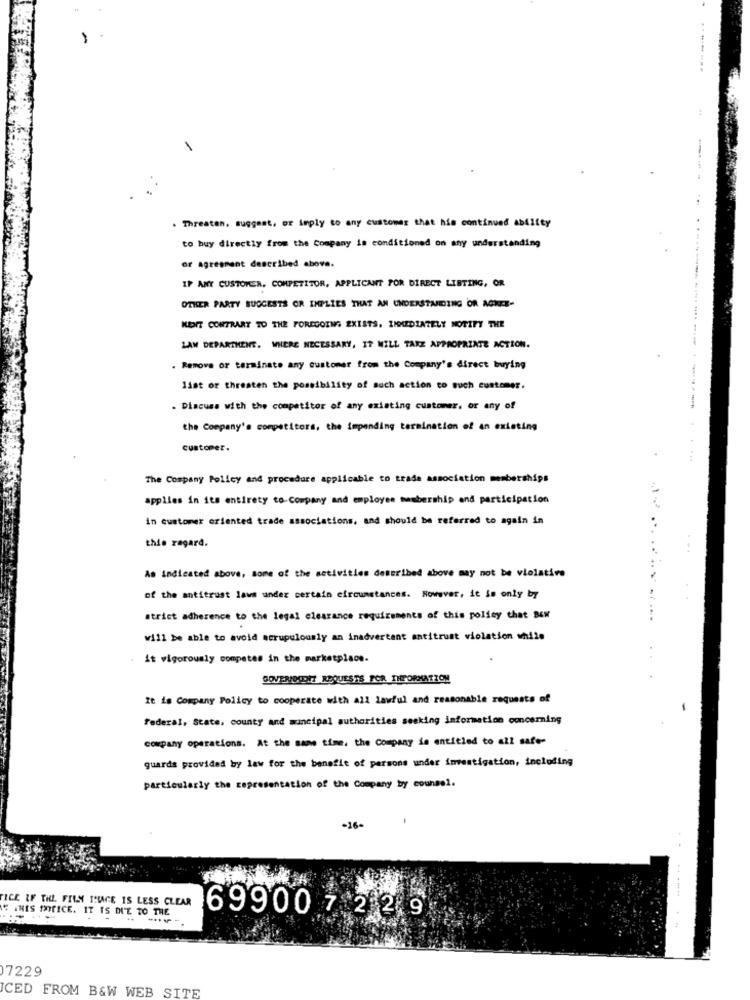
---....
Threaten, suggest, or imply to any customer that his continued Ability
to buy directly from the Company is conditioned on any understanding
or agreement described above.
IF ANY CUSTOMER. COMPETITOR, APPLICANT POR DIRECT LISTING, OR
OTHER PARTY SUGGESTS OR IMPLIES THAT AN UNDERSTANDING OR AGKEE-
KEIT CONTRARY TO THE FOREGOING EXISTS, IMMEDIATELY NOTIFY THE
LAN DEPARTMENT. WHERE NECESSARY, IT WILL TAKE APPROPRIATE ACTION.
. Remove or terminate any customer from the Company's direct buying
list of threaten the possibility of such action to such customer.
. Discuss with the competitor of any existing customer. or any of
the Company's competitors, the impending termination of an existing
customer.
--------- ---------
The Company Policy and procedure applicable to trade association memberships
applies in its entirety to-Company and employee membership and participation
in customer oriented trade associations, and should be referred to again in
this regard.
As indicated above, some of the activities described above may not be violative
of the antitrust laws under certain circumstances. However, it is only by
strict adherence to the legal clearance requirements of this policy that BEN
will be able to avoid scrupulously an inadvertent antitrust violation while
it vigorously competes in the marketplace.
DOVENDOONT REQUESTS FOR INFORMATION
It is Company Policy to cooperate with all lawful and reasonable requests of
Federal, State, county and muncipal authorities seeking information concerning
company operations. At the same time, the Company is entitled to all safe-
guards provided by law for the benefit of persons under investigation, including
particularly the representation of the Company by counsel.
-16-
TICE OF THE FILM IMAGE IS LESS CLEAR
......
INIS IOTICE. IT IS DUE TO THE
699007 229
07229
ICED FROM B&W WEB SITE